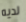
لديه